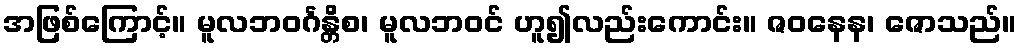
အဖြစ်ကြောင့်။ မူလဘဝင်္ဂန္တိစ၊ မူလဘဝင် ဟူ၍လည်းကောင်း။ ဇဝနေန၊ ဇောသည်။